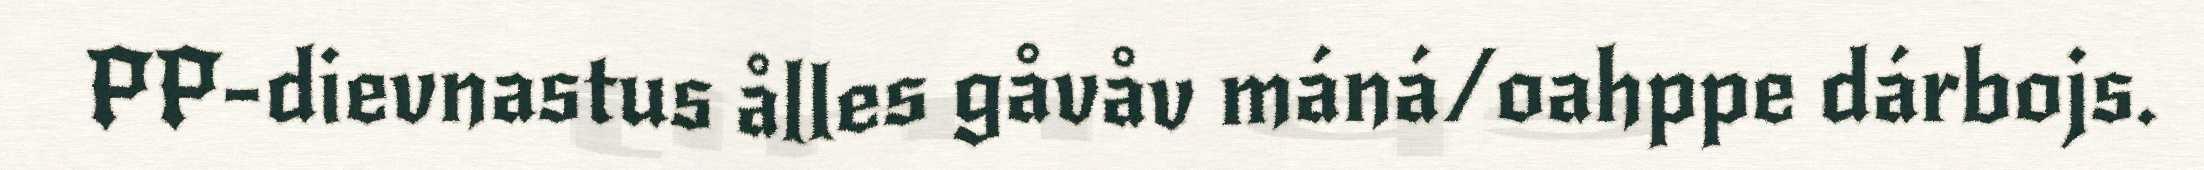
PP-dievnastus ålles gåvåv máná/oahppe dárbojs.